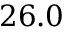
2 6 . 0